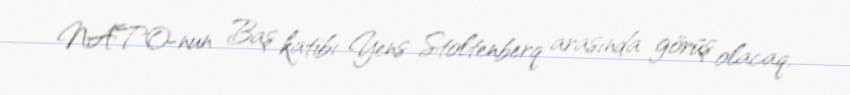
NATO-nun Baş katibi Yens Stoltenberq arasında görüş olacaq.